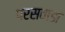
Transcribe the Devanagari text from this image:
परसवाडा